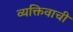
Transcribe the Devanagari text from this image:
व्यक्तिवाची